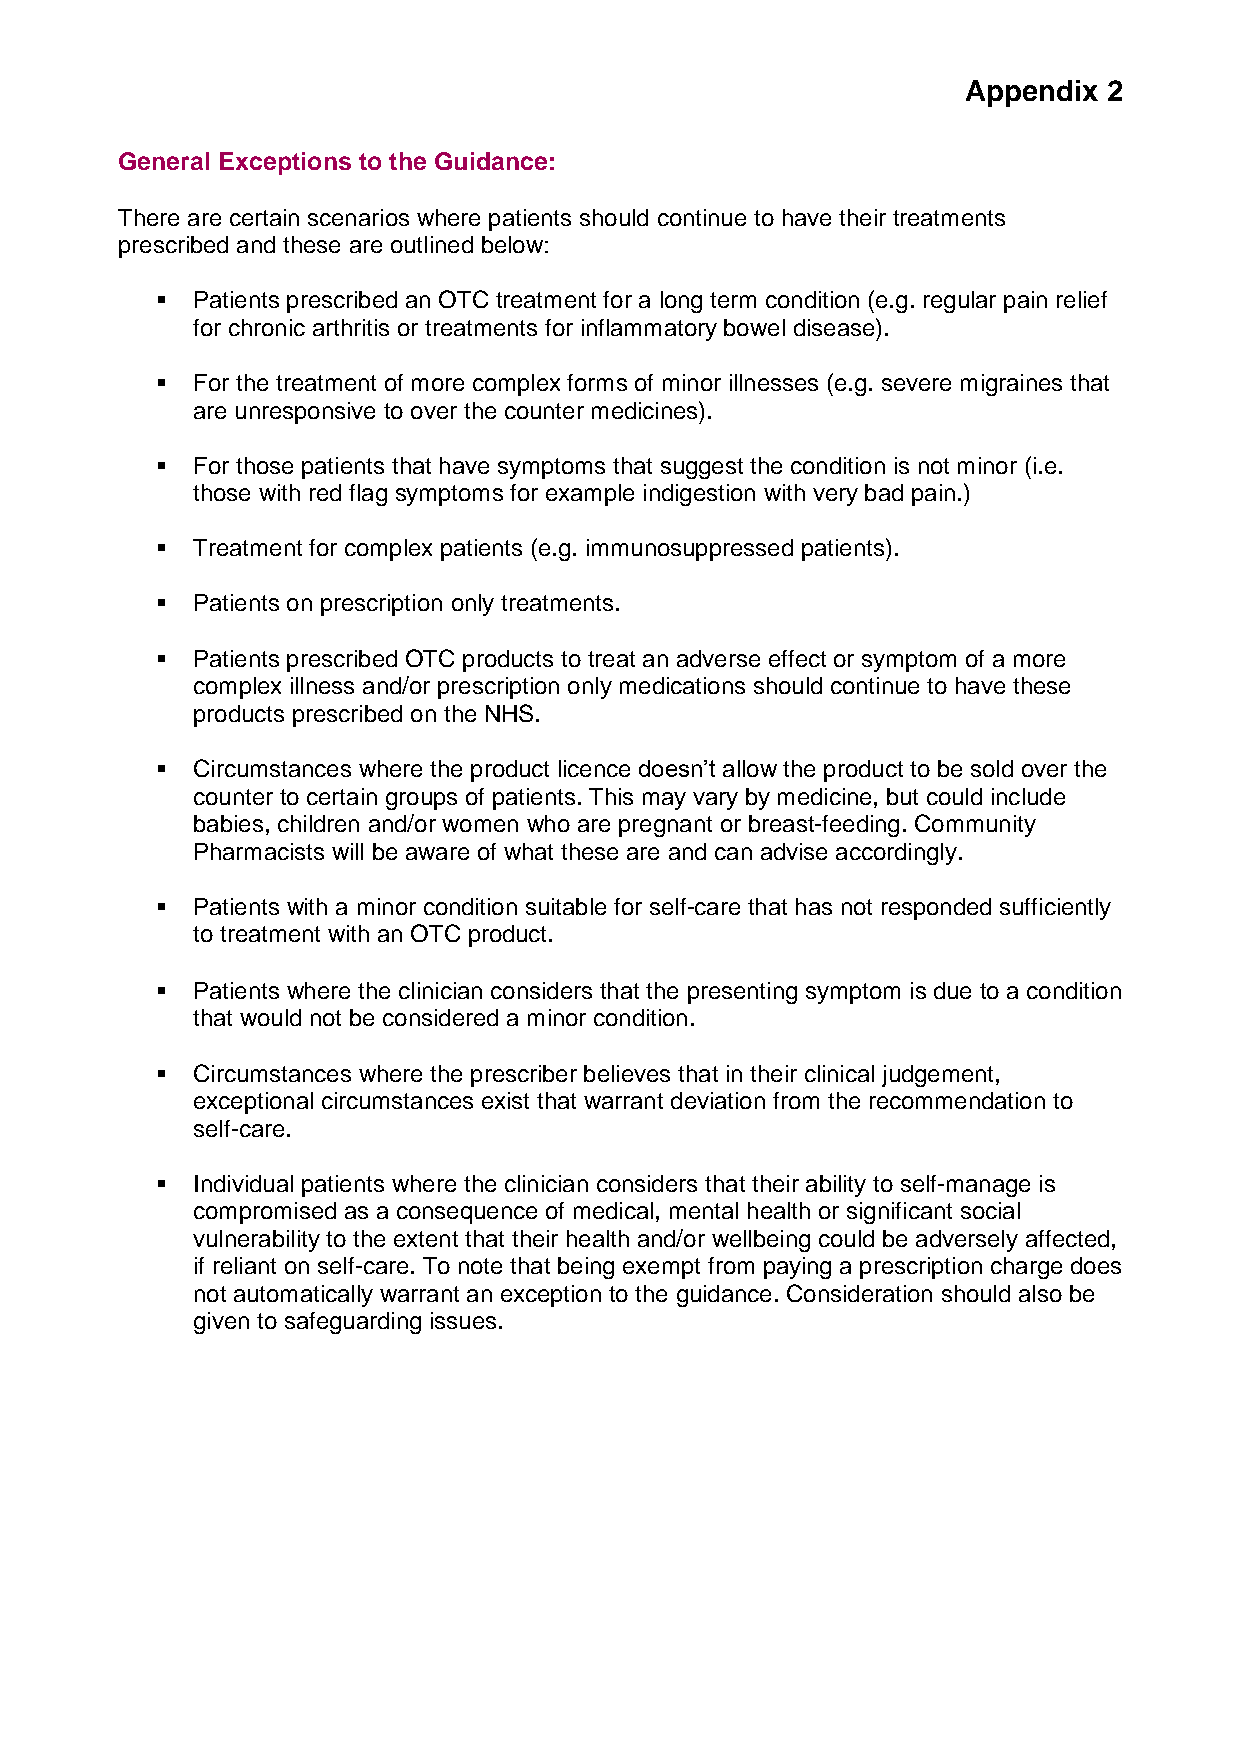
Appendix 2
 General Exceptions to the Guidance:
 There are certain scenarios where patients should continue to have their treatments
 prescribed and these are outlined below:
   Patients prescribed an OTC treatment for a long term condition (e.g. regular pain relief
 for chronic arthritis or treatments for inflammatory bowel disease).
   For the treatment of more complex forms of minor illnesses (e.g. severe migraines that
 are unresponsive to over the counter medicines).
   For those patients that have symptoms that suggest the condition is not minor (i.e.
 those with red flag symptoms for example indigestion with very bad pain.)
   Treatment for complex patients (e.g. immunosuppressed patients).
   Patients on prescription only treatments.
   Patients prescribed OTC products to treat an adverse effect or symptom of a more
 complex illness and/or prescription only medications should continue to have these
 products prescribed on the NHS.
   Circumstances where the product licence doesn’t allow the product to be sold over the
 counter to certain groups of patients. This may vary by medicine, but could include
 babies, children and/or women who are pregnant or breast-feeding. Community
 Pharmacists will be aware of what these are and can advise accordingly.
   Patients with a minor condition suitable for self-care that has not responded sufficiently
 to treatment with an OTC product.
   Patients where the clinician considers that the presenting symptom is due to a condition
 that would not be considered a minor condition.
   Circumstances where the prescriber believes that in their clinical judgement,
 exceptional circumstances exist that warrant deviation from the recommendation to
 self-care.
   Individual patients where the clinician considers that their ability to self-manage is
 compromised as a consequence of medical, mental health or significant social
 vulnerability to the extent that their health and/or wellbeing could be adversely affected,
 if reliant on self-care. To note that being exempt from paying a prescription charge does
 not automatically warrant an exception to the guidance. Consideration should also be
 given to safeguarding issues.